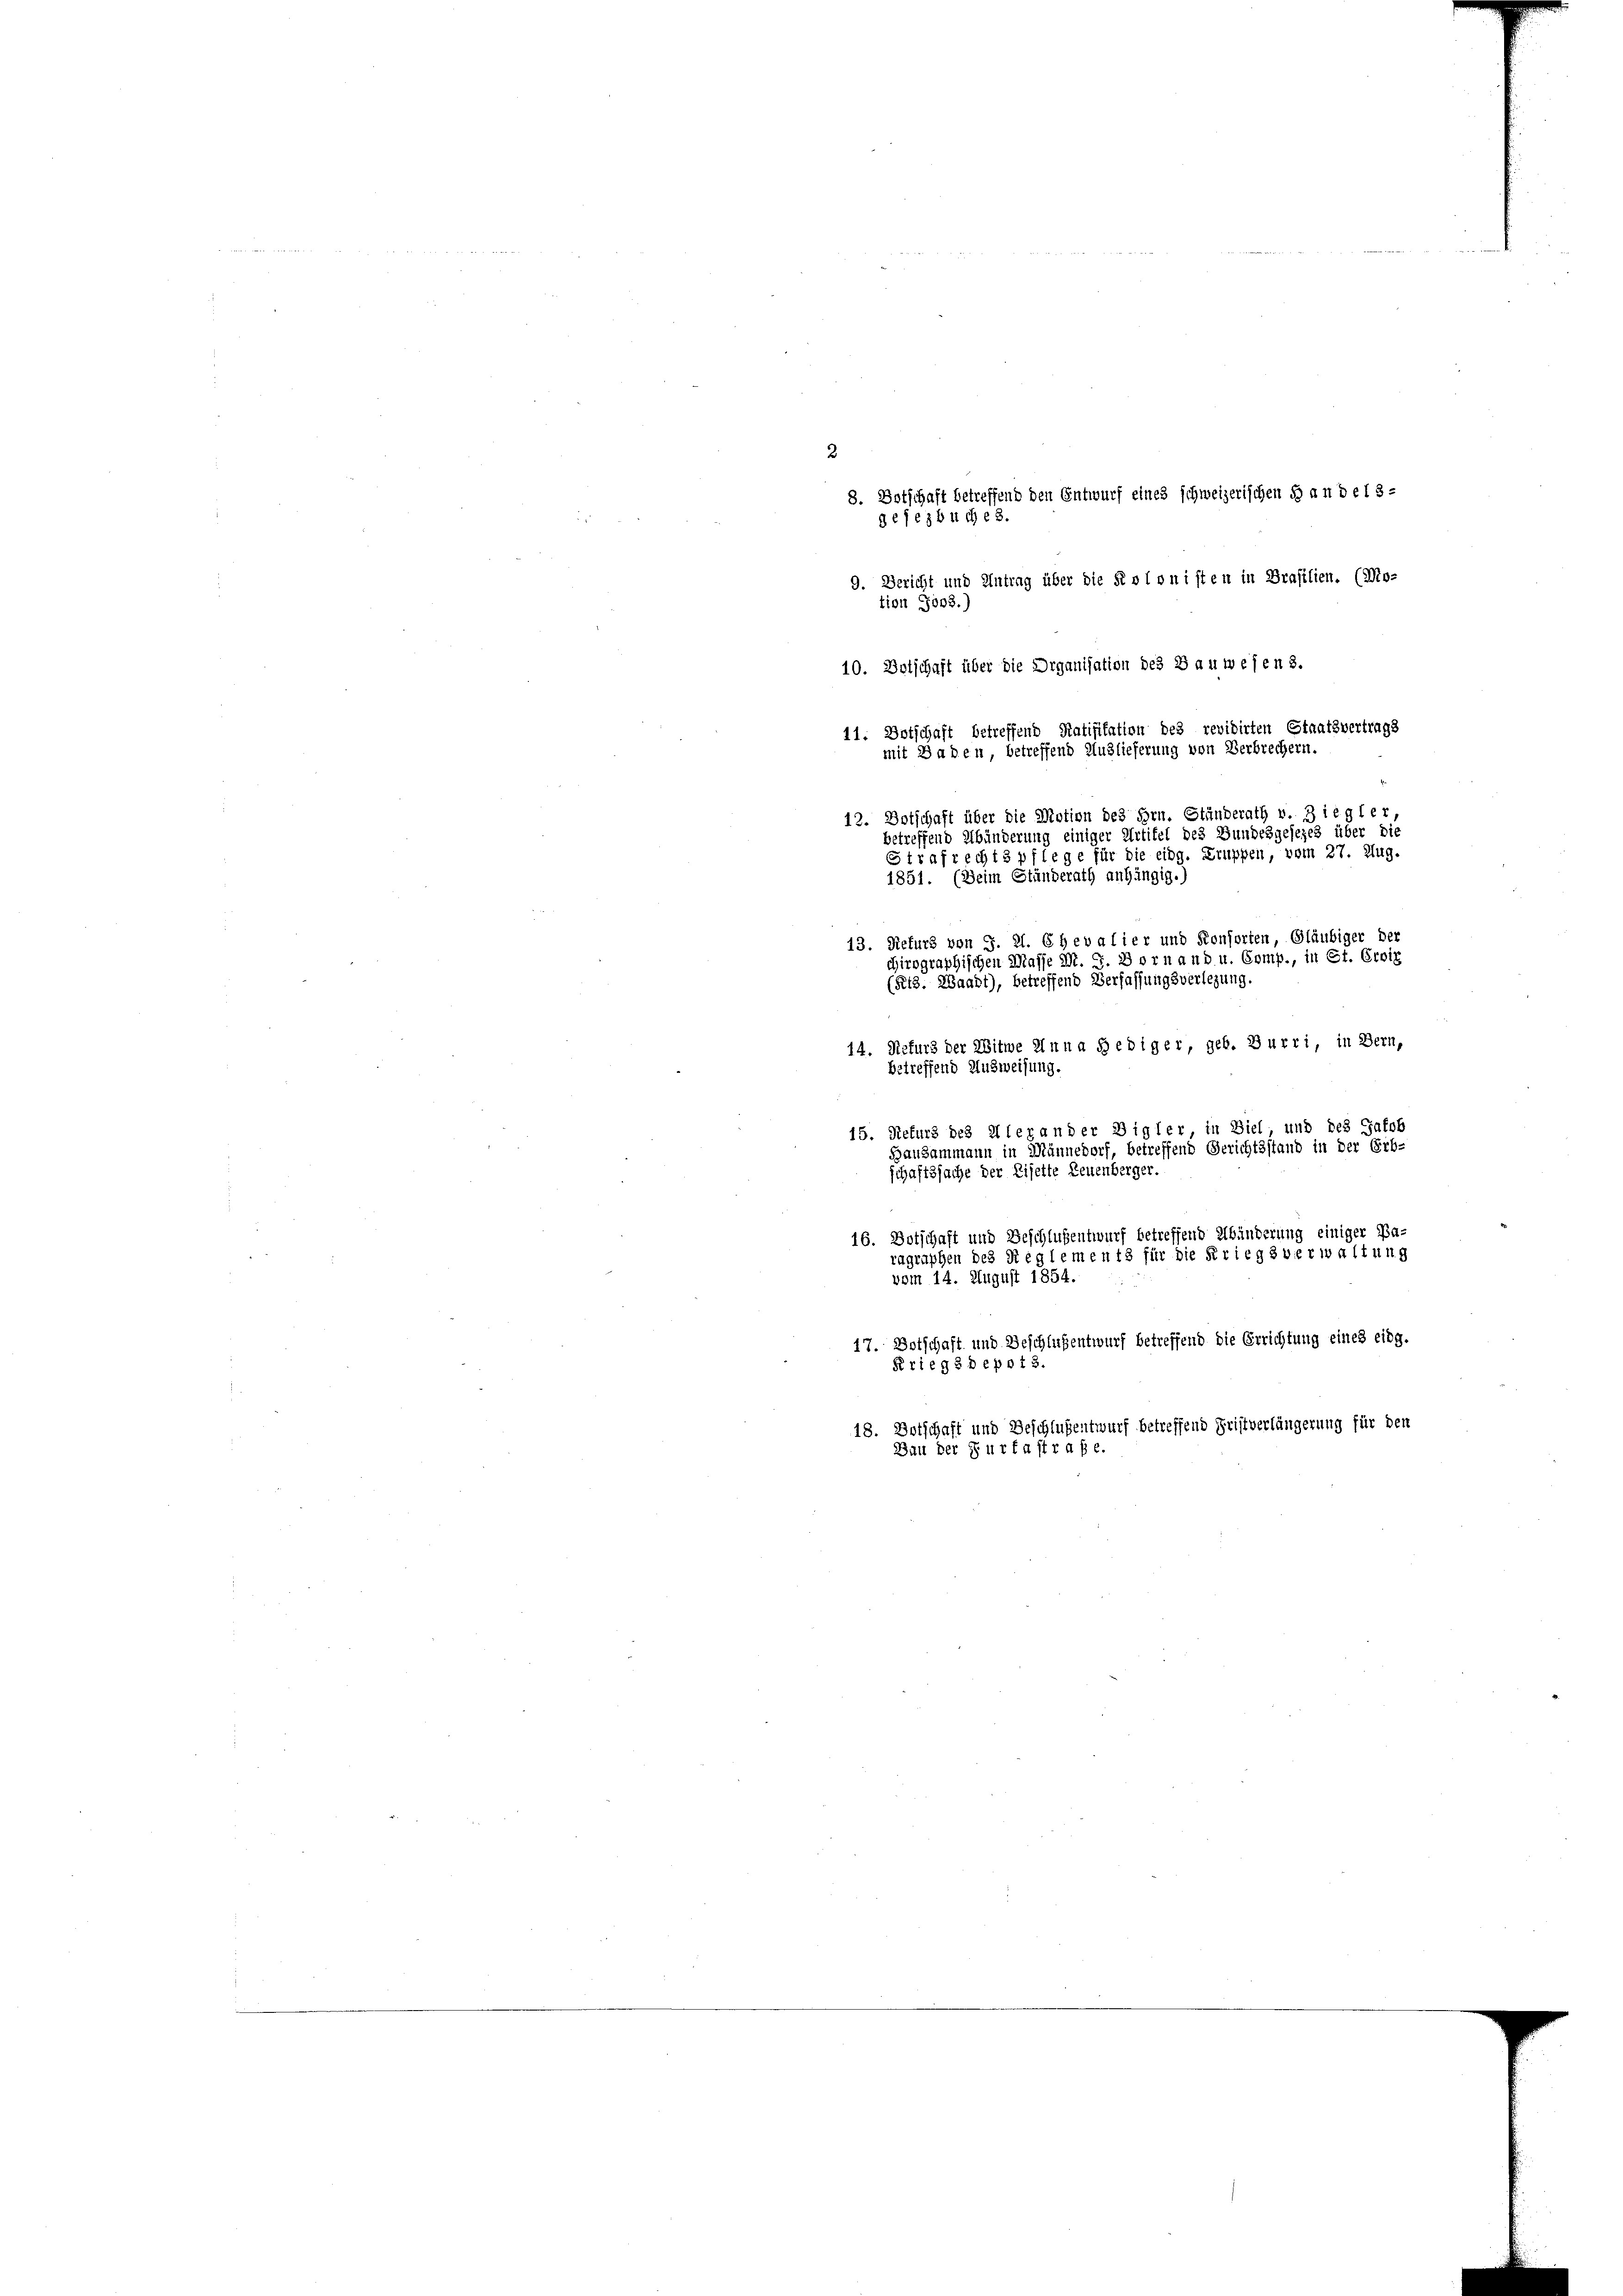
2
8. Botschaft betreffend den Entwurf eines schweizerischen d andels-
dejezbuche 8.
9. Bericht und Antrag über die Kolonisten in Brasilien. (Mo-
tion Joo8.)
10. Botschaft über die Organisation des Bauwesen 3.
11. Botschaft betreffend Ratifikation des revidirten Staatsvertrags
mit Baden betreffend Auslieferung von Verbrechern.
12. Botschaft über die Motion des Hrn. Ständerath v. 3 iegler
betreffend Abänderung einiger Artikel des Bundesgesezes über die
Strafrechtspflege für die eidg. Truppen, vom 27. Aug.
1851. (Beim Ständerath anhängig.)
13. Refurs von S. 21. Chevalier und Konsorten, Gläubiger der
chirographischen Masse M. J. Dorn and u. Comp., in St. Croix
(Pt3. Waadt), betreffend Verfassungsverlegung.
14. Refurs der Witwe Anna Hebiger, geb. Burri, in Bern,
nd Musi
betre
isung
15. Refurs des Alexander Digler, in Ziel, und des Jakob
Bausammann in Männedorf, betreffend Gerichtsstand in der Erb-
schaftssache der Eisette Leuenberger.
16. Botschaft und Beschlußentwurf betreffend Abänderung einiger Pa-
ragraphen des Reglements für die Kriegsverwaltung
vom 14. August 1854.
17. Botschaft und Beschlußentwurf betreffend die Errichtung eines eidg.
Krieg 8 depot 3.
18. Dotschaft und Beschlußentwurf betreffend Fristverlängerung für den
Bau der Zur fastrafe.